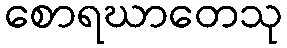
စောရဃာတေသု